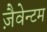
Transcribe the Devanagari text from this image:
ज़ैवेन्टम